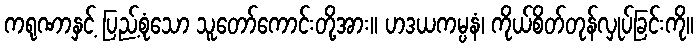
ကရုဏာနှင့် ပြည့်စုံသော သူတော်ကောင်းတို့အား။ ဟဒယကမ္ပနံ၊ ကိုယ်စိတ်တုန်လှုပ်ခြင်းကို။